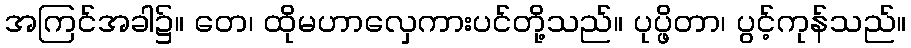
အကြင်အခါ၌။ တေ၊ ထိုမဟာလှေကားပင်တို့သည်။ ပုပ္ဖိတာ၊ ပွင့်ကုန်သည်။